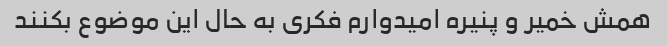
همش خمیر و پنیره امیدوارم فکری به حال این موضوع بکنند